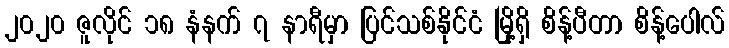
၂၀၂၀ ဇူလိုင် ၁၈ နံနက် ၇ နာရီမှာ ပြင်သစ်နိုင်ငံ မြို့ရှိ စိန့်ပီတာ စိန့်ပေါလ်